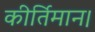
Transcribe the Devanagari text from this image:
कीर्तिमान।